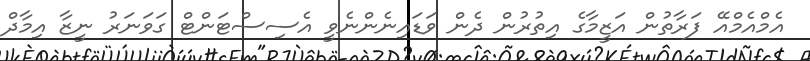
އެމްއެމްއޭ ފަރާތުން އަޒީމާގެ އިތުރުން ދެން ވަޑައިނެންނެވީ އެސިސްޓަންޓް ގަވަނަރު ނީޒާ އިމާދް